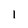
Character: I